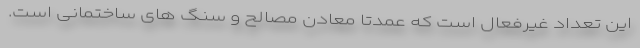
این تعداد غیرفعال است که عمدتا معادن مصالح و سنگ های ساختمانی است.